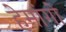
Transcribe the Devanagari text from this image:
हेमांगो